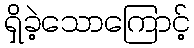
ရှိခဲ့သောကြောင့်